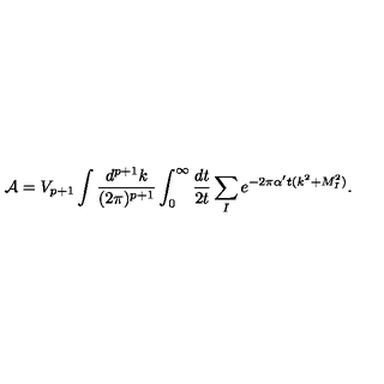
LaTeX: { \cal A } = V _ { p + 1 } \int \frac { d ^ { p + 1 } k } { ( 2 \pi ) ^ { p + 1 } } \int _ { 0 } ^ { \infty } { \frac { d t } { 2 t } } \sum _ { I } e ^ { - 2 \pi { \alpha ^ { \prime } } t ( k ^ { 2 } + M _ { I } ^ { 2 } ) } .